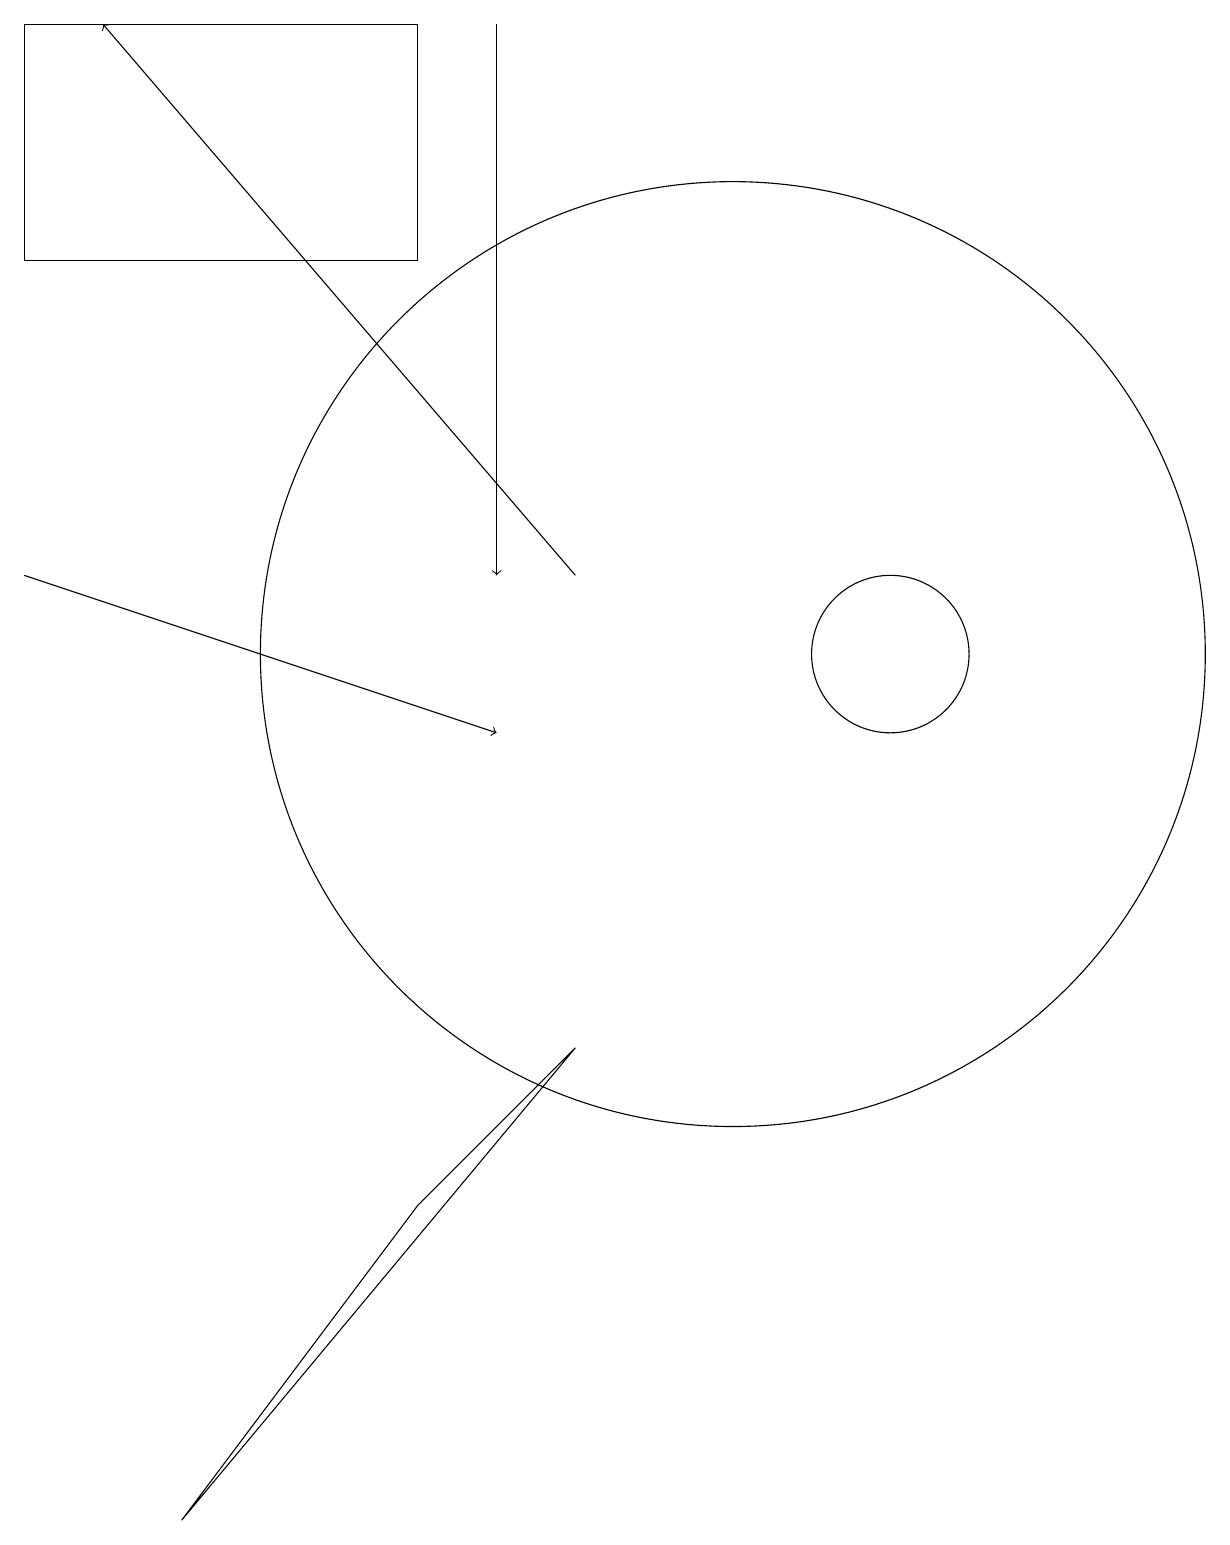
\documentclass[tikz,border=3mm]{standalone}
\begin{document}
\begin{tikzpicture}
\draw (6,4) -- (8,6) -- (3,0) -- cycle;
\draw[->] (7,19) -- (7,12);
\draw (10,11) circle (6);
\draw[->] (8,12) -- (2,19);
\draw[->] (1,12) -- (7,10);
\draw (12,11) circle (1);
\draw (1,16) rectangle (6,19);
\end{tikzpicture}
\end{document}